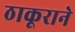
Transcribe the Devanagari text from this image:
ठाकूराने